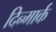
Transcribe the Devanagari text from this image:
दिन्मार्क